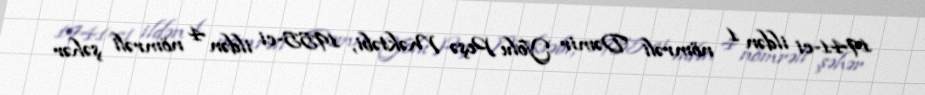
1941-ci ildən 1 nömrəli Dəmir Yolu Peşə Məktəbi, 1955-ci ildən 4 nömrəli şəhər